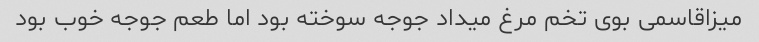
میزاقاسمی بوی تخم مرغ میداد جوجه سوخته بود اما طعم جوجه خوب بود